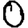
Digit: 0